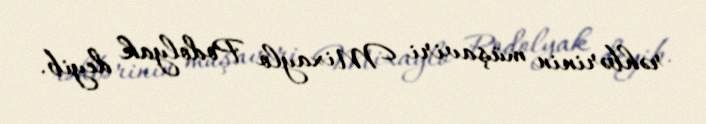
rəhbərinin müşaviri Mixaylo Podolyak deyib.